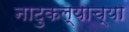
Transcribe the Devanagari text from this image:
नाटुकल्याच्या